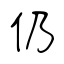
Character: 仍